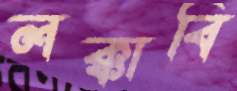
লক্কাবি